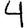
Digit: 4